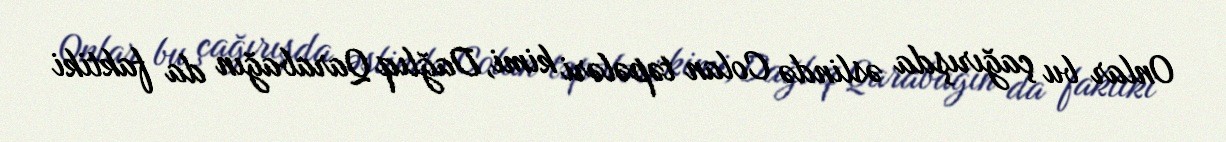
Onlar bu çağırışda əslində Colan təpələri kimi, Dağlıq Qarabağın da faktiki